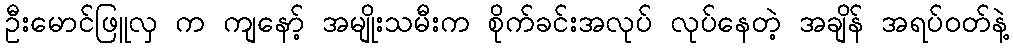
ဦးမောင်ဖြူလှ က ကျနော့် အမျိုးသမီးက စိုက်ခင်းအလုပ် လုပ်နေတဲ့ အချိန် အရပ်ဝတ်နဲ့